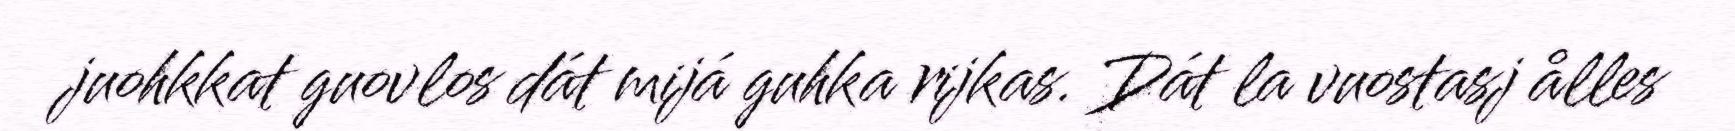
juohkkat guovlos dát mijá guhka rijkas. Dát la vuostasj ålles